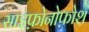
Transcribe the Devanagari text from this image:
साइफ़ोनोफ़ोश